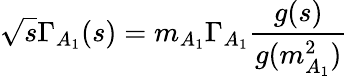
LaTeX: \sqrt s\Gamma_{A_{1}}(s)=m_{A_{1}}\Gamma_{A_{1}}{\frac{g(s)}{g(m_{A_{1}}^{2})}}